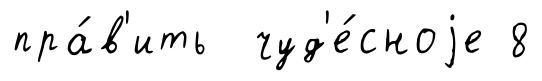
пра́в'ить чуд'е́сноjе 8